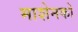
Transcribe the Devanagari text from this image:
माशेनको